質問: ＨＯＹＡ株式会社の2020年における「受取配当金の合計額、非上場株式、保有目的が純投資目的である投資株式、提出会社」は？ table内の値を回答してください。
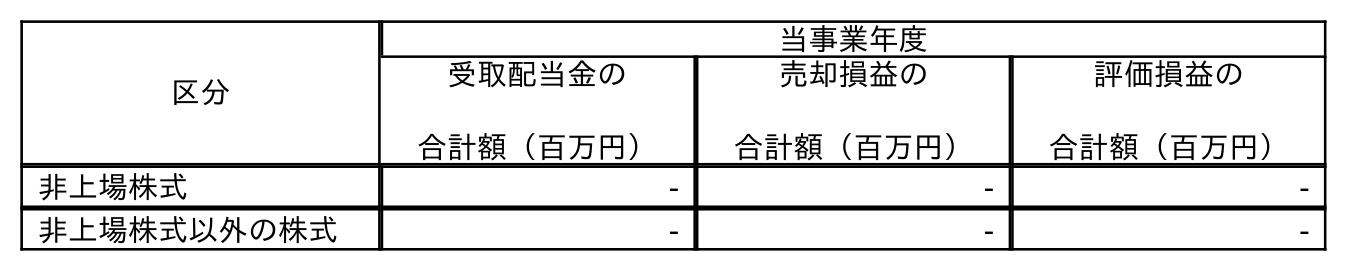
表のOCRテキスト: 区分 当事業年度 受取配当金の 合計額（百万円） 売却損益の 合計額（百万円） 評価損益の 合計額（百万円） 非上場株式 - - - 非上場株式以外の株式 - - -
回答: -